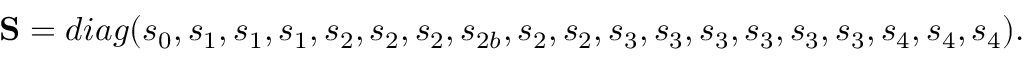
{ \bf { S } } = d i a g ( { s _ { 0 } } , { s _ { 1 } } , { s _ { 1 } } , { s _ { 1 } } , { s _ { 2 } } , { s _ { 2 } } , { s _ { 2 } } , { s _ { 2 b } } , { s _ { 2 } } , { s _ { 2 } } , { s _ { 3 } } , { s _ { 3 } } , { s _ { 3 } } , { s _ { 3 } } , { s _ { 3 } } , { s _ { 3 } } , { s _ { 4 } } , { s _ { 4 } } , { s _ { 4 } } ) .